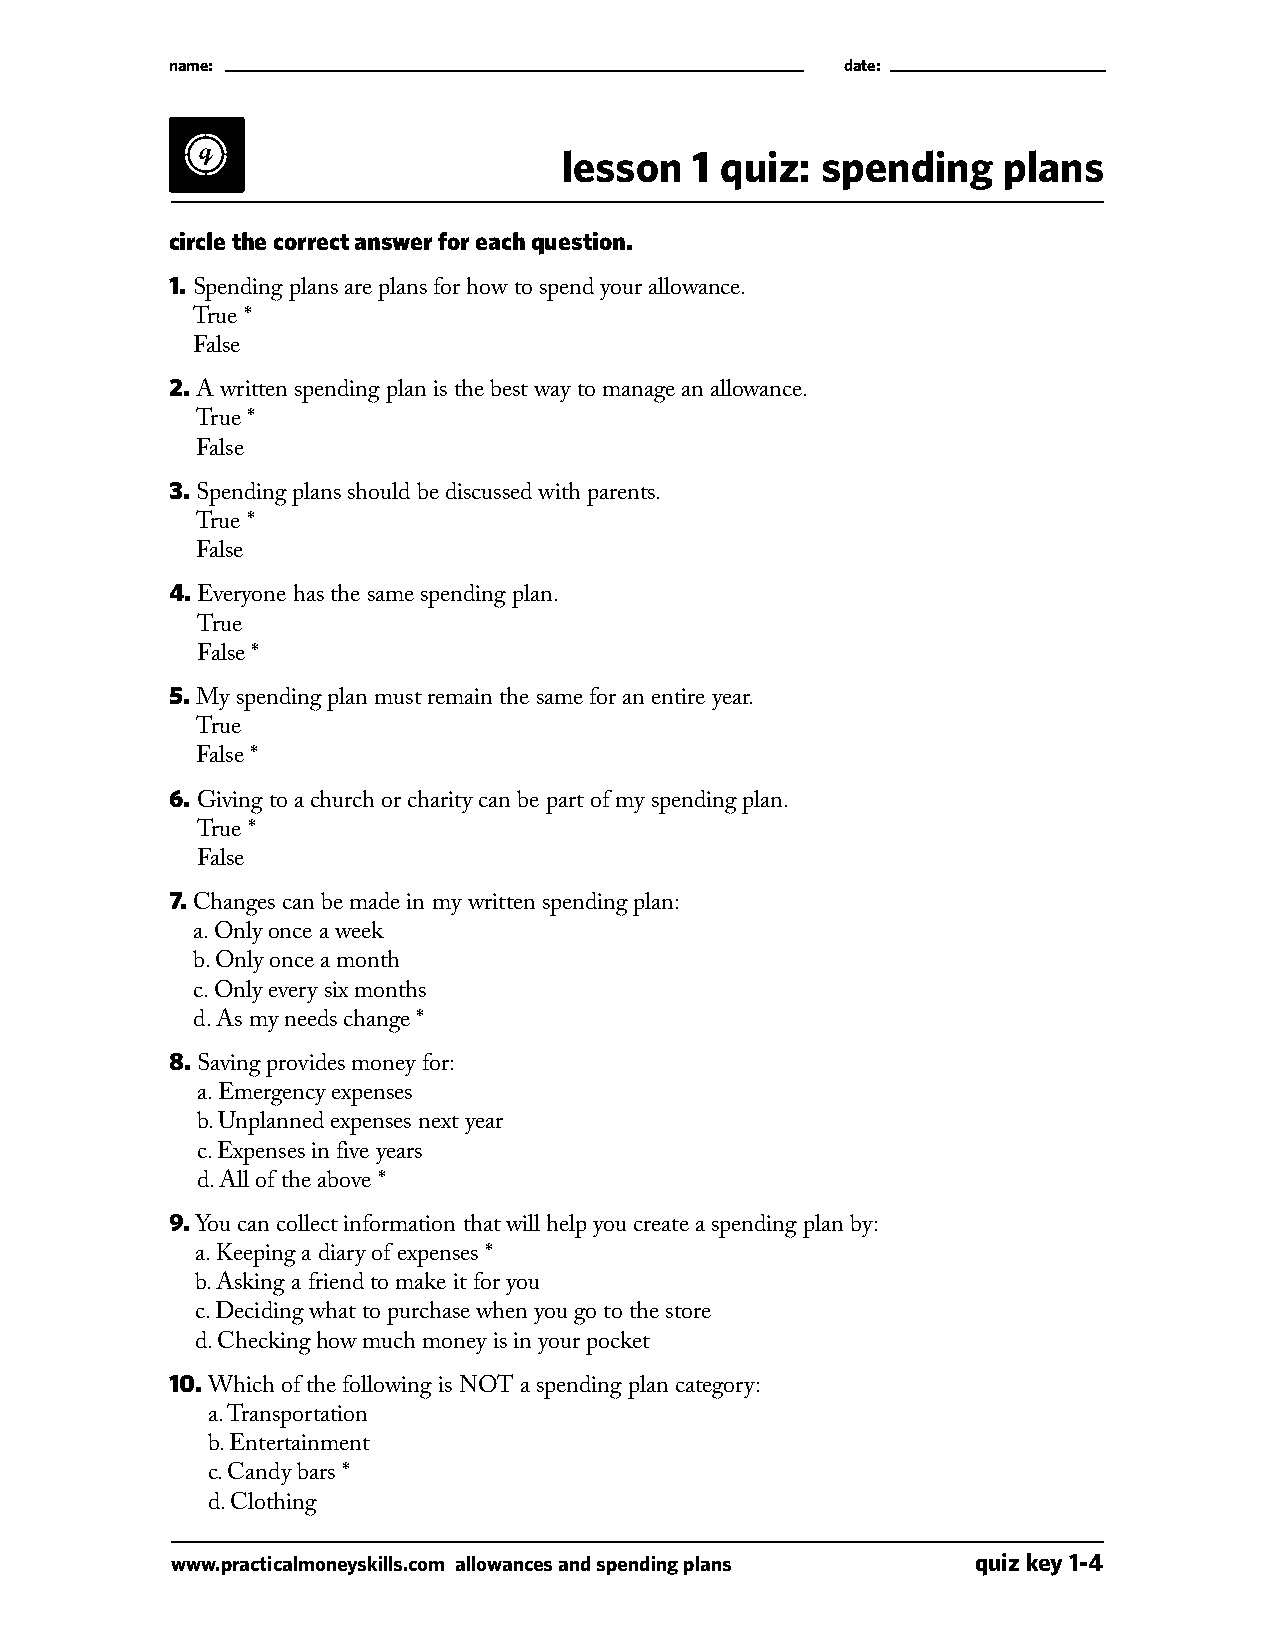
name:                                        date:
 lesson   1 quiz: spending    plans
 circle the correct answer for each question.
 1.
 S pending plans are plans for how to spend your allowance.
 True *
 False
 2.
 A written spending plan is the best way to manage an allowance.
 True *
 False
 3.
 S pending plans should be discussed with parents.
 True *
 False
 4.
 E veryone has the same spending plan.
 True
 False *
 5.
 M y spending plan must remain the same for an entire year.
 True
 False *
 6.
 G iving to a church or charity can be part of my spending plan.
 True *
 False
 7.
 C hanges can be made in my written spending plan:
 a. Only once a week
 b. Only once a month
 c. Only every six months
 d. As my needs change *
 8.
 S aving provides money for:
 a. Emergency expenses
 b. Unplanned expenses next year
 c. Expenses in five years
 d. All of the above *
 9.
 You can collect information that will help you create a spending plan by:
 a. Keeping a diary of expenses *
 b. Asking a friend to make it for you
 c. Deciding what to purchase when you go to the store
 d. Checking how much money is in your pocket
 10.
 Which of the following is NOT a spending plan category:
 a. Transportation
 b. Entertainment
 c. Candy bars *
 d. Clothing
 www.practicalmoneyskills.com allowances and spending plans quiz key 1-4